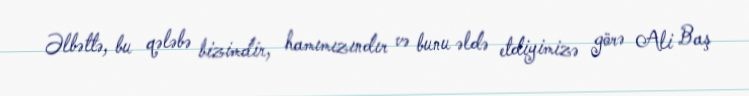
Əlbəttə, bu qələbə bizimdir, hamımızındır və bunu əldə etdiyimizə görə Ali Baş